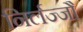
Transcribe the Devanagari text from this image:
निर्लज्जौ